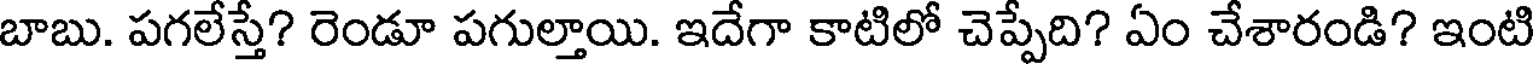
బాబు. పగలేస్తే? రెండూ పగుల్తాయి. ఇదేగా కాటిలో చెప్పేది? ఏం చేశారండి? ఇంటి